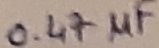
Text: 0.47µF